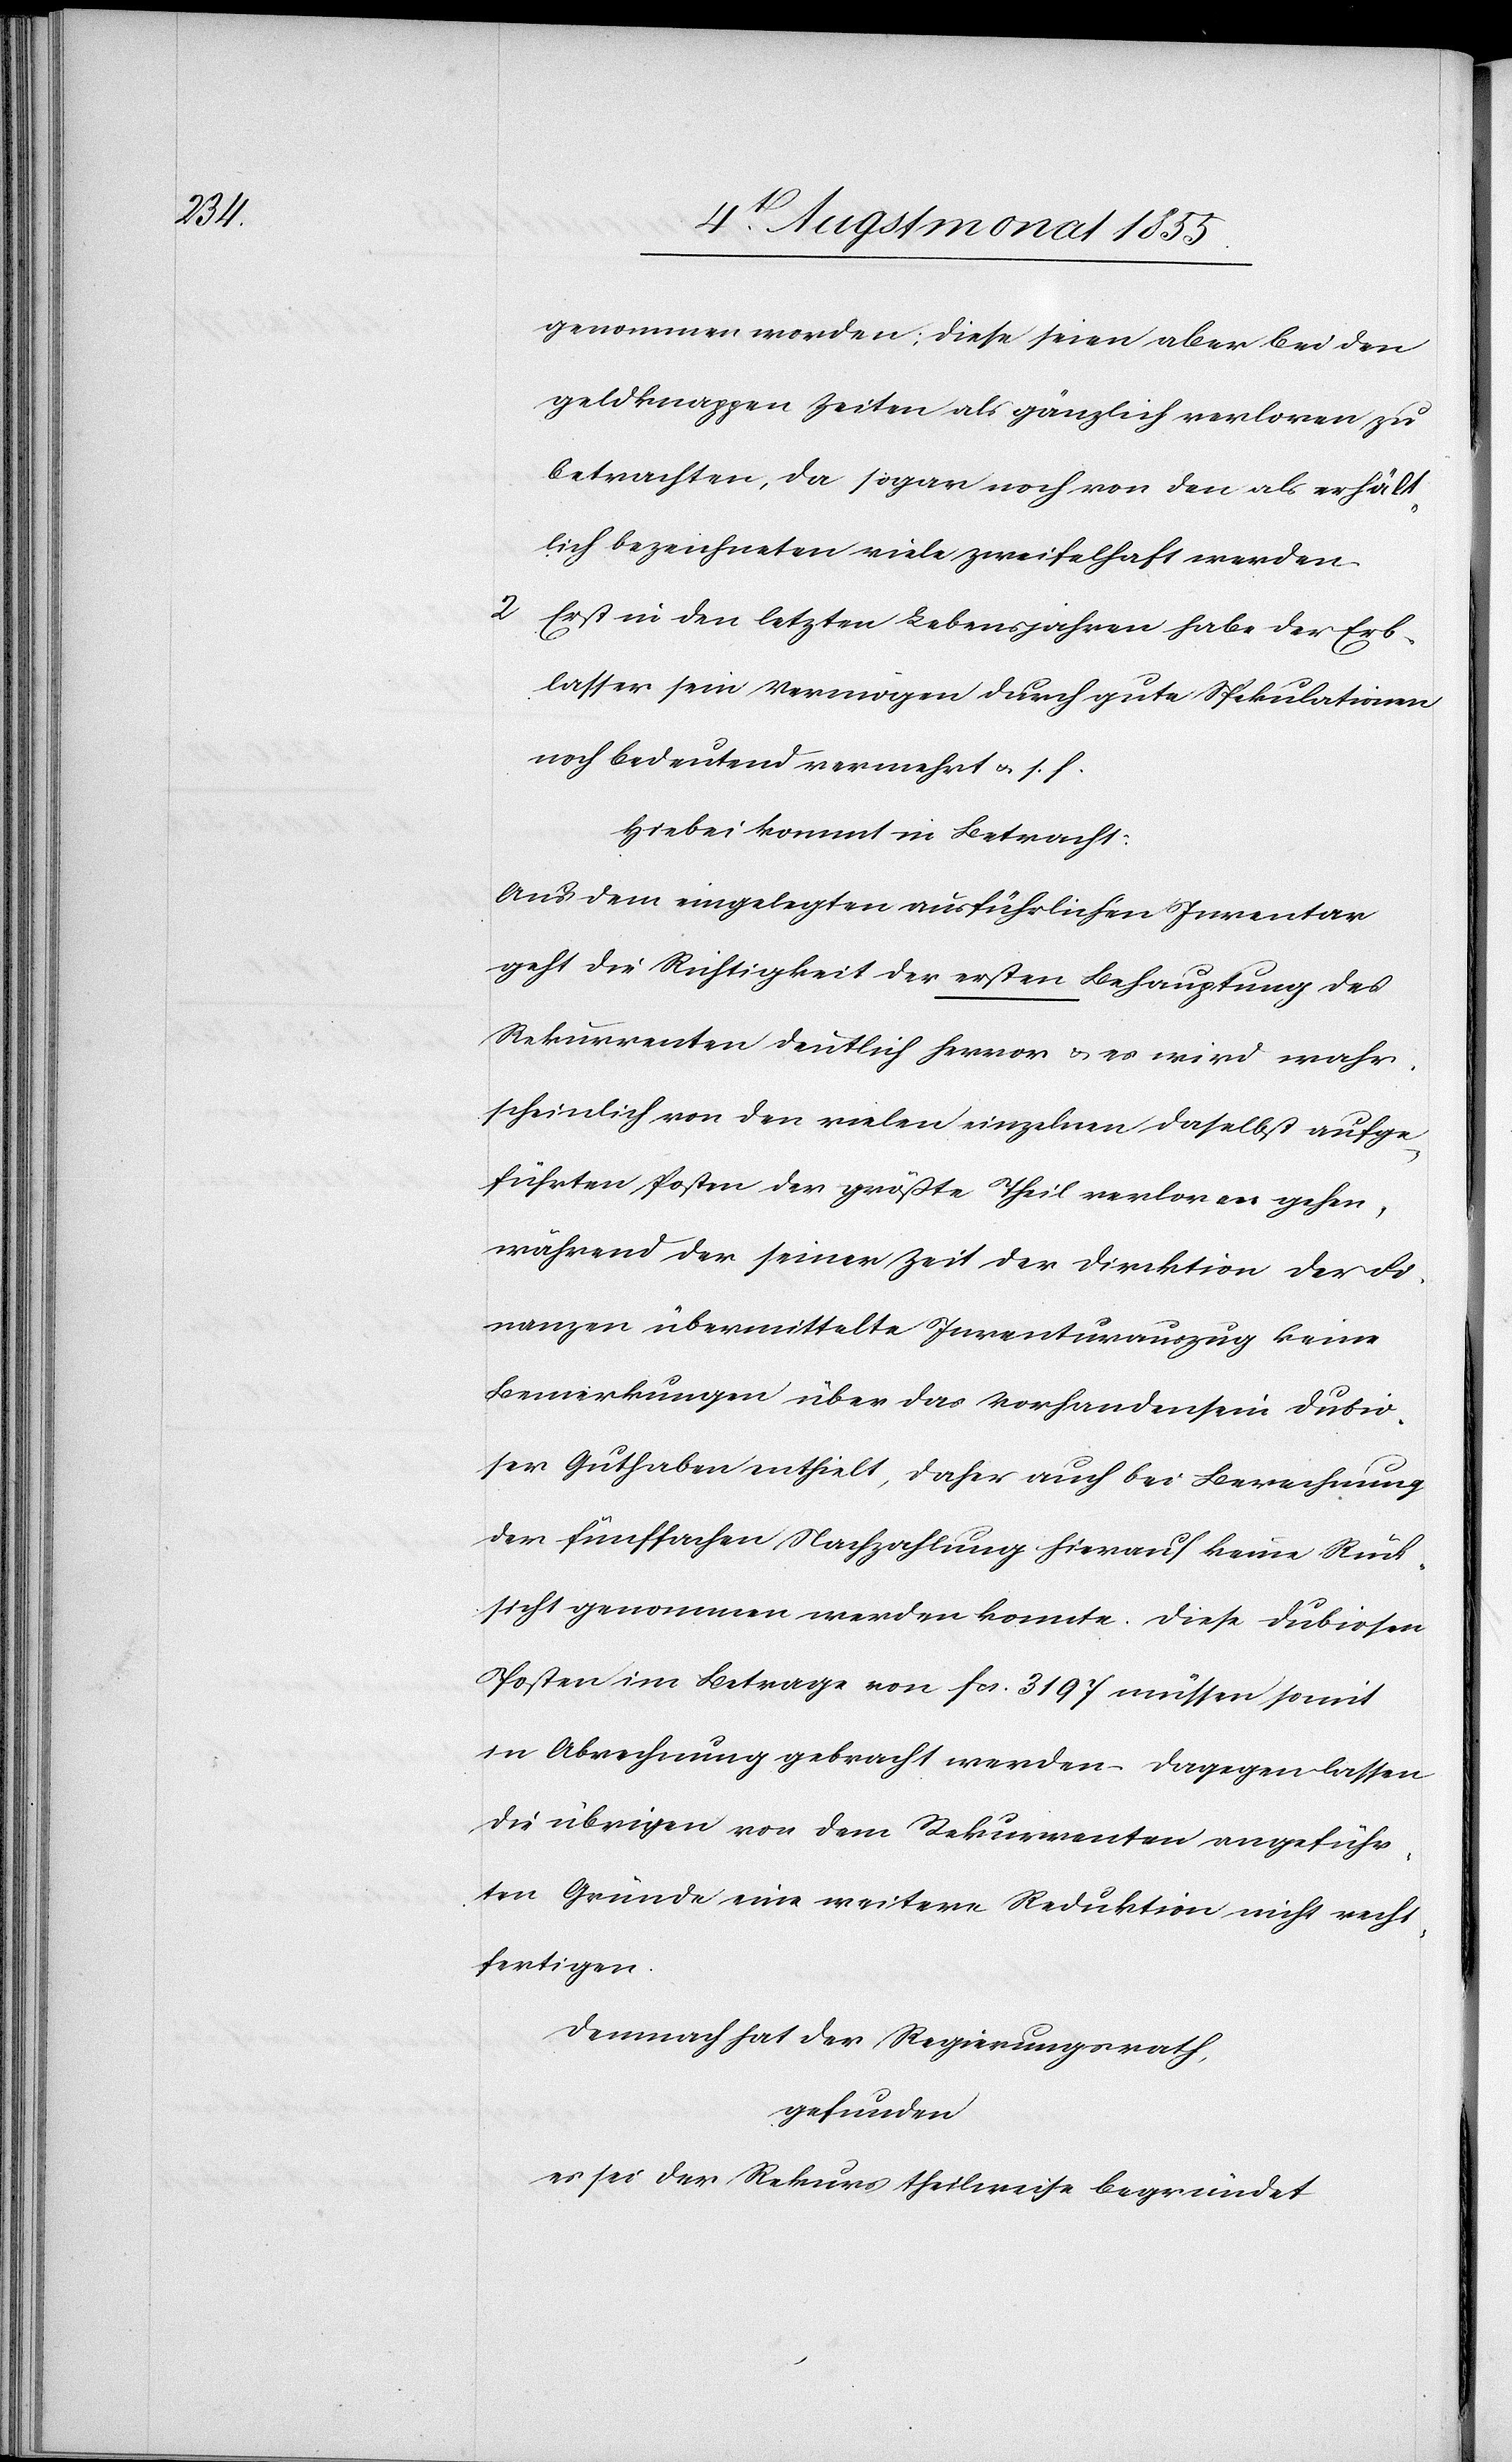
genommen worden; diese seien aber bei den
geldknappen Zeiten als gänzlich verloren zu
betrachten, da sogar noch von den als erhält¬
lich bezeichneten viele zweifelhaft werden.
Erst in den letzten Lebensjahren habe der Erb¬
lasser sein Vermögen durch gute Spekulationen
noch bedeutend vermehrt & s. f.
Hiebei kommt in Betracht:
Aus dem eingelegten ausführlichen Inventar
geht die Richtigkeit der ersten Behauptung des
Rekurrenten deutlich hervor & es wird wahr¬
scheinlich von den vielen einzelnen daselbst aufge¬
führten Posten der größte Theil verloren gehen,
während der seiner Zeit der Direktion der Fi¬
nanzen übermittelte Inventurauszug keine
Bemerkungen über das Vorhandensein dubio¬
ser Guthaben enthielt, daher auch bei Berechnung
der fünffachen Nachzahlung hierauf keine Rück¬
sicht genommen werden konnte. Diese dubiosen
Posten im Betrage von Fcs. 3197 müssen somit
in Abrechnung gebracht werden. Dagegen lassen
die übrigen von dem Rekurrenten angeführ¬
ten Gründe eine weitere Reduktion nicht recht¬
fertigen.
Demnach hat der Regierungsrath,
gefunden
es sei der Rekurs theilweise begründet